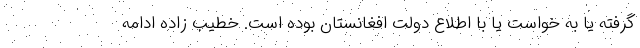
گرفته یا به خواست یا با اطلاع دولت افغانستان بوده است. خطیب زاده ادامه